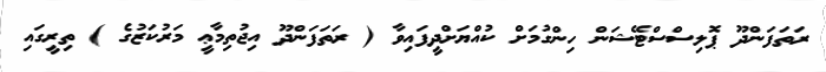
ރަތަފަންދޫ ޕޮލިސްސްޓޭޝަން ހިންގުމަށް ކުއްޔަށްދީފައިވާ ( ރަތަފަންދޫ އިޖުތިމާޢީ މަރުކަޒުގެ ) ތިރީގައި